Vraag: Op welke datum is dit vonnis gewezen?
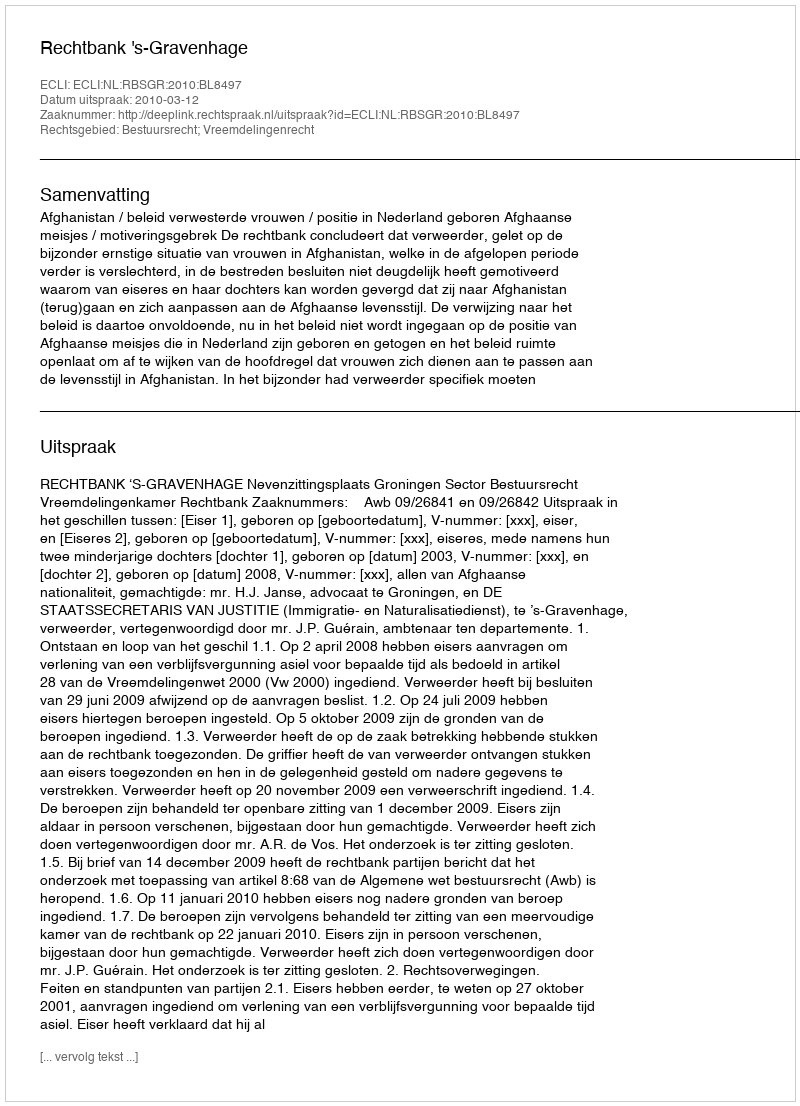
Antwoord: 2010-03-12